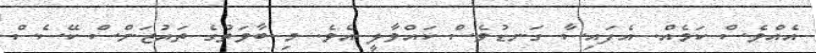
އެެއްވެސް ކަމެއް. އެފައިސާ ގަނޑުވެސް ކައްވާލީ އެވެ. މި ބާވަތުގެ ތައުޒަންސް ކޭސެސް